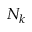
N _ { k }